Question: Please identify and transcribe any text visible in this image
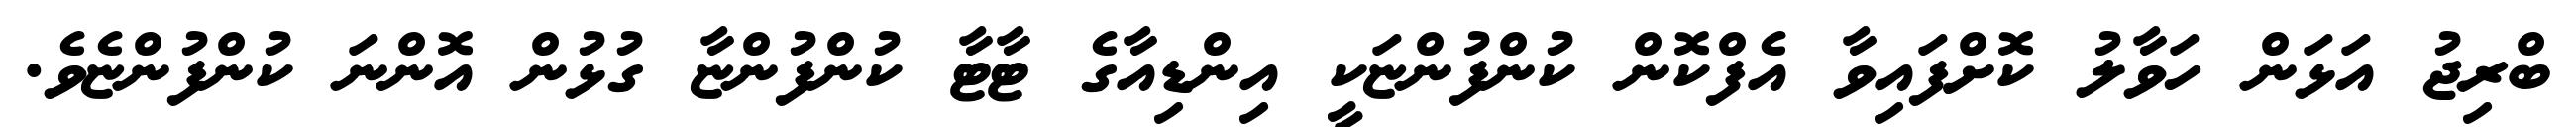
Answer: ބްރިޖު އަޅަން ހަވާލު ކޮށްފައިވާ އެފްކޮން ކުންފުންޏަކީ އިންޑިއާގެ ޓާޓާ ކުންފުންޏާ ގުޅުން އޮންނަ ކުންފުންޏެވެ.